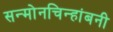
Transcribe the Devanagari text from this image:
सन्माेनचिन्हांबनी